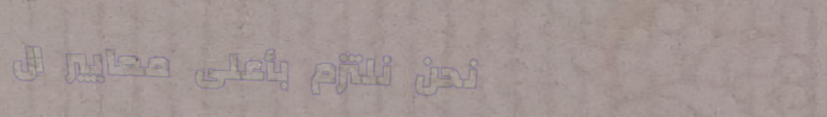
نحن نلتزم بأعلى معايير ال